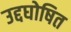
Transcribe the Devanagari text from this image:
उद्दघोषित